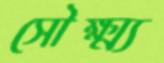
সৌক্ষ্ম্য